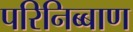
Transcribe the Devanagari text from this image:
परिनिब्बाण